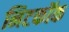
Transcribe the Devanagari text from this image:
निटकॉक